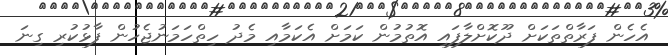
އެހެން ފަރާތްތަކަށް ދޫކޮށްލާފައި އޮތުމުން ކަމަށް އެކަމާއި މެދު ހިތްހަމަނުޖެހުން ފާޅުކުރި ގިނަ